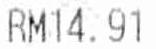
RM14.91